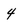
Character: 4